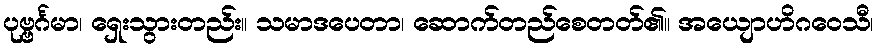
ပုဗ္ဗင်္ဂမာ၊ ရှေးသွားတည်း။ သမာဒပေတာ၊ ဆောက်တည်စေတတ်၏။ အယျောဟိဂဝေသီ၊